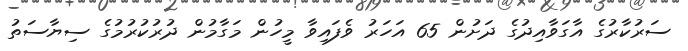
ސަރުކާރުގެ އާގަވާއިދުގެ ދަށުން 65 އަހަރު ވެފައިވާ މީހުން މަގާމުން ދުރުކުރުމުގެ ސިޔާސަތު